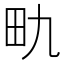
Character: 𪽇